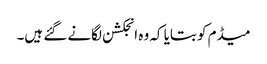
میڈم کو بتایا کہ وہ انجکشن لگانے گئے ہیں۔